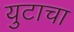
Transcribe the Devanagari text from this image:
युटाचा